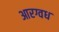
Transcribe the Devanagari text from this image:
आरग्वध